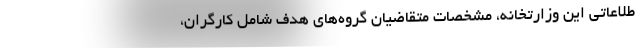
طلاعاتی این وزارتخانه، مشخصات متقاضیان گروه‌های هدف شامل کارگران،